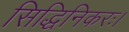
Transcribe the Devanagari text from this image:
सिद्धिनिकरः।